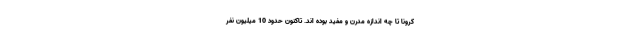
کرونا تا چه اندازه مدرن و مفید بوده اند. تاکنون حدود 10 میلیون نفر